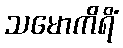
သမောကိရိံ